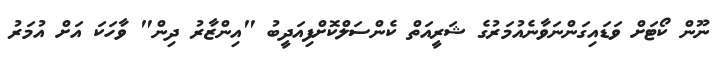
ނޫން ކޯޓަށް ވަޑައިގަންނަވާނެއުމަރުގެ ޝަރީއަތް ކެންސަލްކޮށްފިއަދީބު "އިންޒާރު ދިން" ވާހަކަ އަށް އުމަރު